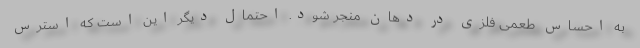
به احساس طعمی فلزی در دهان منجر شود. احتمال دیگر این است که استرس